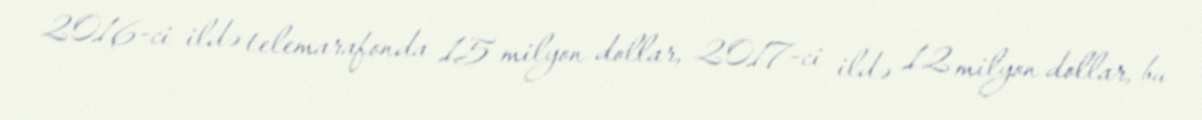
2016-ci ildə telemarafonda 15 milyon dollar, 2017-ci ildə 12 milyon dollar, bu